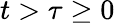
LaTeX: t>\tau\geq 0